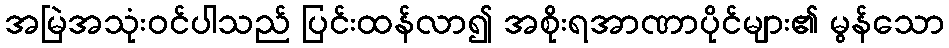
အမြဲအသုံးဝင်ပါသည် ပြင်းထန်လာ၍ အစိုးရအာဏာပိုင်များ၏ မွန်သော